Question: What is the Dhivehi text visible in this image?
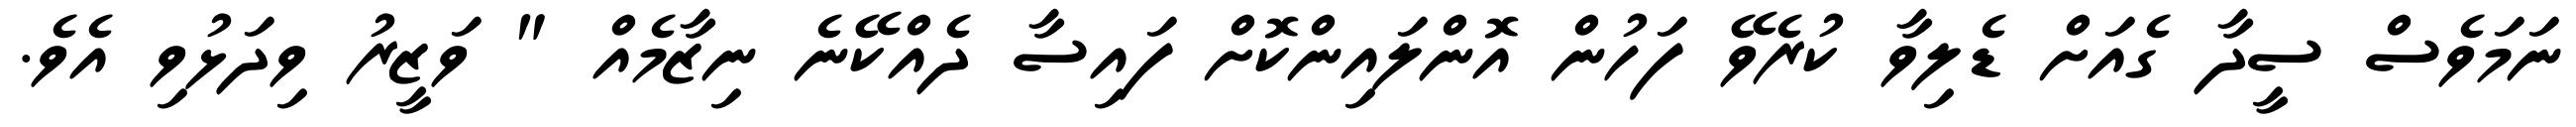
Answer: ނަމަވެސް ސީދާ ގެއަށް ޑެލިވާ ކުރެވޭ ފަހުން އޮންލައިންކޮށް ފައިސާ ދެއްކޭނެ ނިޒާމެއް " ވަޒީރު ވިދަޅުވި އެވެ.